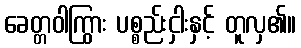
ခေတ္တဝါကြွား ပစ္စည်းငှါးနှင့် တူလှ၏။